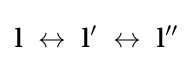
{\mathbf {l} }\;\leftrightarrow \;{\mathbf {l} }'\;\leftrightarrow \;{\mathbf {l} }''